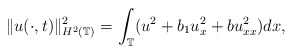
\begin{align*}\|u(\cdot,t)\|_{H^2(\mathbb{T})}^2=\int_{\mathbb{T}}(u^{2} + b_1 u _{x}^{2} + b u_{xx}^{2})dx,\end{align*}